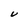
Character: V